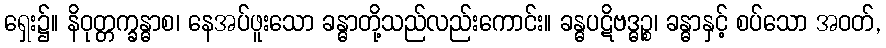
ရှေး၌။ နိဝုတ္တက္ခန္ဓာစ၊ နေအပ်ဖူးသော ခန္ဓာတို့သည်လည်းကောင်း။ ခန္ဓပဋိဗဒ္ဓဉ္စ၊ ခန္ဓာနှင့် စပ်သော အဝတ်,